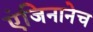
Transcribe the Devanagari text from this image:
एंजिनानेच